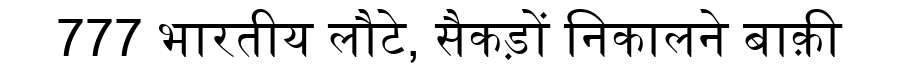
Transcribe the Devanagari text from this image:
777 भारतीय लौटे, सैकड़ों निकालने बाक़ी